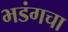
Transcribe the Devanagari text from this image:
भडंगचा